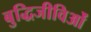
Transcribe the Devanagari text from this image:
बुद्धिजीविओं